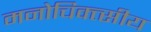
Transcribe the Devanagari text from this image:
मनोचिक्त्सीय